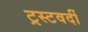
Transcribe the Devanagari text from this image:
ट्रस्टवर्दी